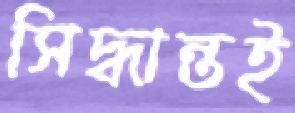
সিদ্ধান্তই